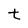
Character: t